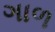
ગાળ